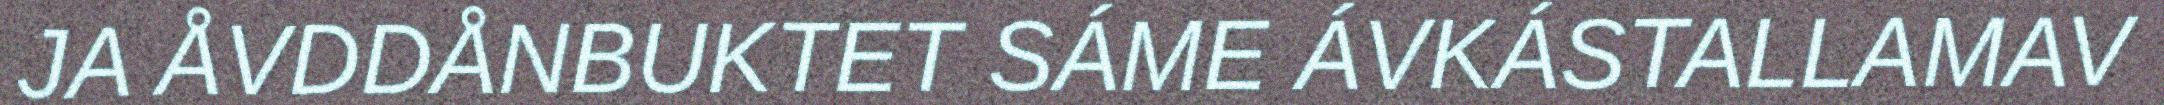
JA ÅVDDÅNBUKTET SÁME ÁVKÁSTALLAMAV